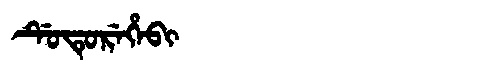
Manchu: ᡩᡠᡨᡠᡵᡝᡥᡝᠪᡳ
Romanization: DUTUREHEBI